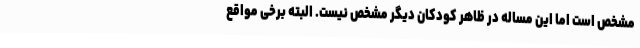
مشخص است اما این مساله در ظاهر کودکان دیگر مشخص نیست. البته برخی مواقع